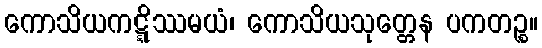
ကောသိယကဋ္ဋိဿမယံ၊ ကောသိယသုတ္တေန ပကတဉ္စ။